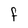
Character: F